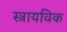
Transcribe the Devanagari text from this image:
स्त्रायविक